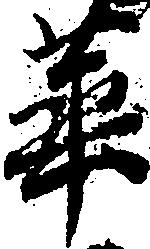
華